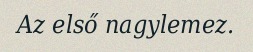
Az első nagylemez.